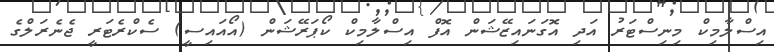
އިސްލާމިކް މިނިސްޓަރު އަދި އޮގަނައިޒޭޝަން އޮފް އިސްލާމިކް ކޯޕަރޭޝަން (އޯއައިސީ) ސެކްރެޓަރީ ޖެނެރަލްގެ